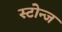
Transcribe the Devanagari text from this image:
स्टोन्ज